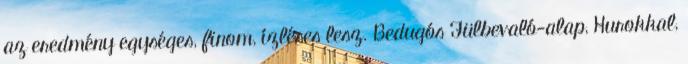
az eredmény egységes, finom, ízléses lesz. Bedugós Fülbevaló-alap, Hurokkal,